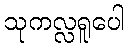
သုကလ္လရူပေါ